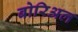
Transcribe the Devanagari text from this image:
बोरिअल